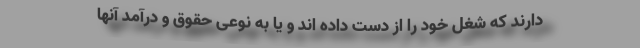
دارند که شغل خود را از دست داده اند و یا به نوعی حقوق و درآمد آنها